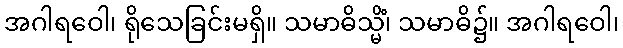
အဂါရဝေါ၊ ရိုသေခြင်းမရှိ။ သမာဓိသ္မိံ၊ သမာဓိ၌။ အဂါရဝေါ၊